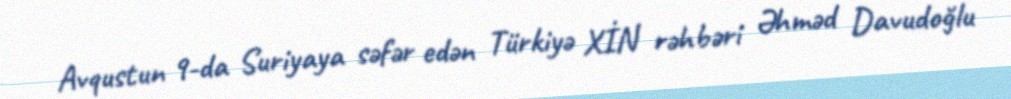
Avqustun 9-da Suriyaya səfər edən Türkiyə XİN rəhbəri Əhməd Davudoğlu